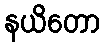
နယိတော